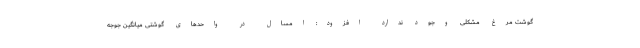
گوشت مرغ مشکلی وجود ندارد افزود: امسال در واحد‌های گوشتی میانگین جوجه